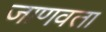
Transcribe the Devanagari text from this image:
जाणवता